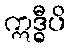
ဣဒ္ဓီပိ